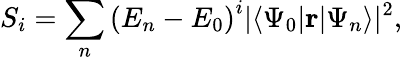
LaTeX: S_{i}=\sum_{n}\left(E_{n}-E_{0}\right)^{i}|\langle\Psi_{0}|\mathbf{r}|\Psi_{n}\rangle|^{2},